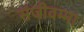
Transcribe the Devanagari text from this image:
संजीवम्मा